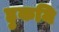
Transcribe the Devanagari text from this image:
हुकमि